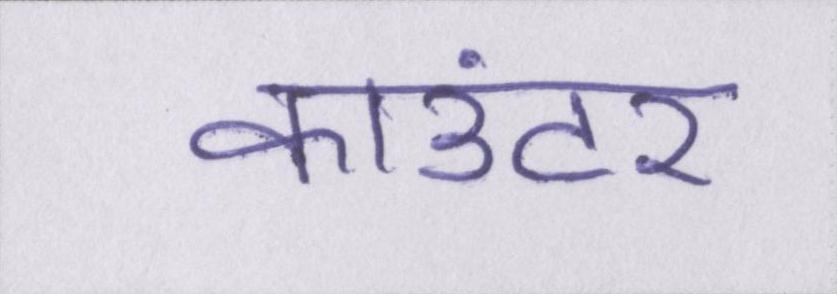
काउंटर